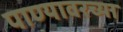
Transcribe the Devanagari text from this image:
पाण्यावरच्या